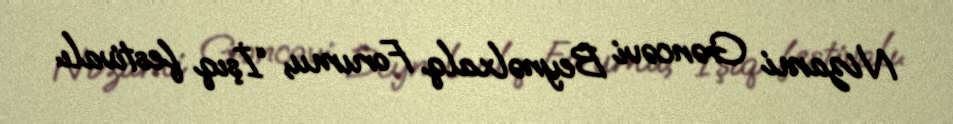
Nizami Gəncəvi Beynəlxalq Forumu, “İşıq festivalı.